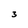
Character: 3